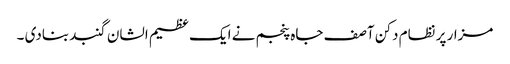
مزار پر نظام دکن آصف جاہ پنجم نے ایک عظیم الشان گنبد بنادی ۔